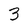
Character: 3